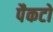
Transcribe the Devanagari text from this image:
पैकटो